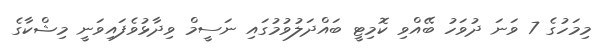
މިމަހުގެ 7 ވަނަ ދުވަހު ބޭއްވި ކޮމިޓީ ބައްދަލުވުމުގައި ނަސީމް ވިދާޅުވެފައިވަނީ މިޝްކާގެ